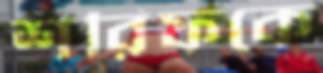
শরিফকে